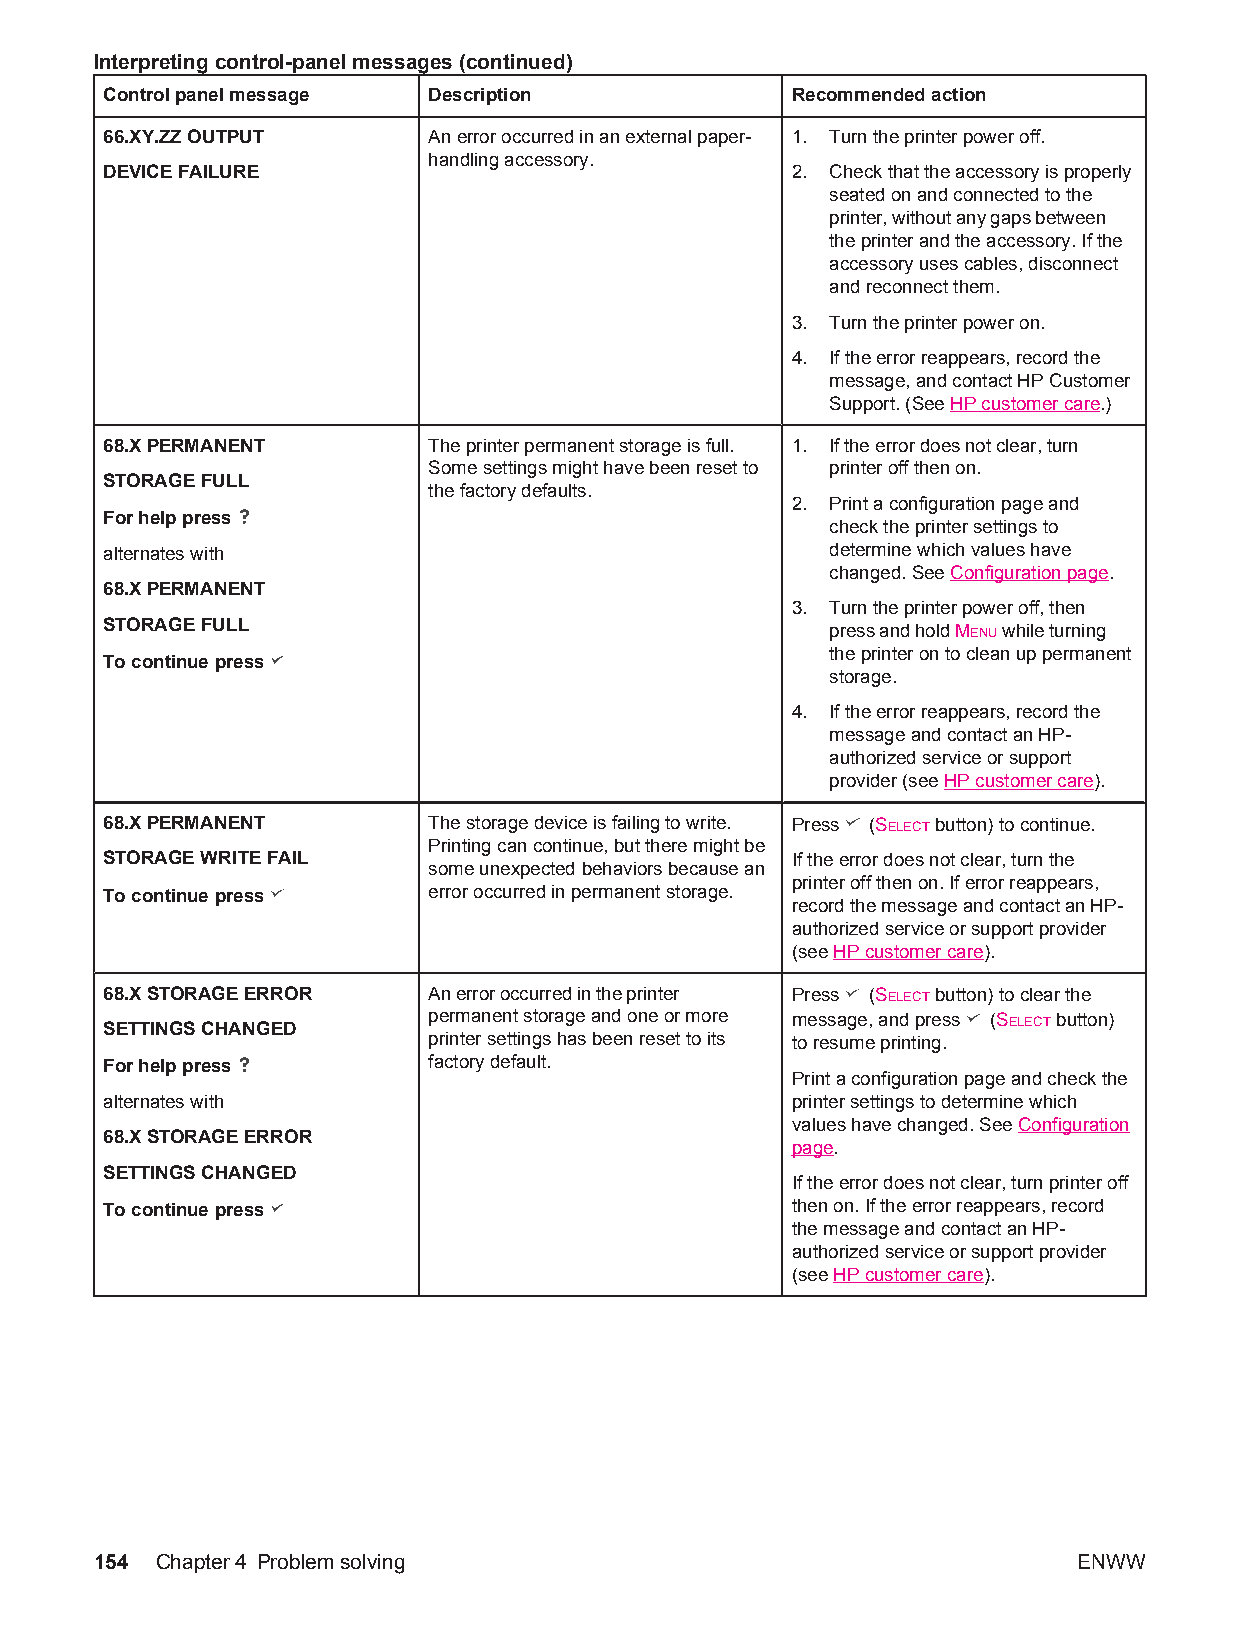
Interpreting control-panel messages (continued)
 Control panel message Description            Recommended action
 66.XY.ZZ OUTPUT      An error occurred in an external paper- 1. Turn the printer power off.
 handling accessory.
 DEVICE FAILURE                               2. Check that the accessory is properly
 seated on and connected to the
 printer, without any gaps between
 the printer and the accessory. If the
 accessory uses cables, disconnect
 and reconnect them.
 3. Turn the printer power on.
 4. If the error reappears, record the
 message, and contact HP Customer
 Support. (See HP customer care.)
 68.X PERMANENT       The printer permanent storage is full. 1. If the error does not clear, turn
 Some settings might have been reset to printer off then on.
 STORAGE FULL
 the factory defaults.
 2. Print a configuration page and
 For help press
 check the printer settings to
 alternates with                                 determine which values have
 changed. See Configuration page.
 68.X PERMANENT
 3. Turn the printer power off, then
 STORAGE FULL
 press and hold MENU while turning
 the printer on to clean up permanent
 To continue press
 storage.
 4. If the error reappears, record the
 message and contact an HP-
 authorized service or support
 provider (see HP customer care).
 68.X PERMANENT       The storage device is failing to write. Press (SELECT button) to continue.
 Printing can continue, but there might be
 STORAGE WRITE FAIL                           If the error does not clear, turn the
 some unexpected behaviors because an
 printer off then on. If error reappears,
 To continue press    error occurred in permanent storage.
 record the message and contact an HP-
 authorized service or support provider
 (see HP customer care).
 68.X STORAGE ERROR   An error occurred in the printer Press (SELECT button) to clear the
 SETTINGS CHANGED
 permanent storage and one or more message, and press (SELECT button)
 printer settings has been reset to its to resume printing.
 For help press       factory default.
 Print a configuration page and check the
 alternates with                              printer settings to determine which
 values have changed. See Configuration
 68.X STORAGE ERROR
 page.
 SETTINGS CHANGED
 If the error does not clear, turn printer off
 To continue press                            then on. If the error reappears, record
 the message and contact an HP-
 authorized service or support provider
 (see HP customer care).
 154 Chapter4 Problem solving                                     ENWW